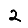
Digit: 2